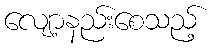
လျော့နည်းစေသည့်